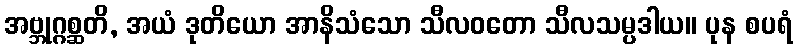
အဗ္ဘုဂ္ဂစ္ဆတိ, အယံ ဒုတိယော အာနိသံသော သီလဝတော သီလသမ္ပဒါယ။ ပုန စပရံ